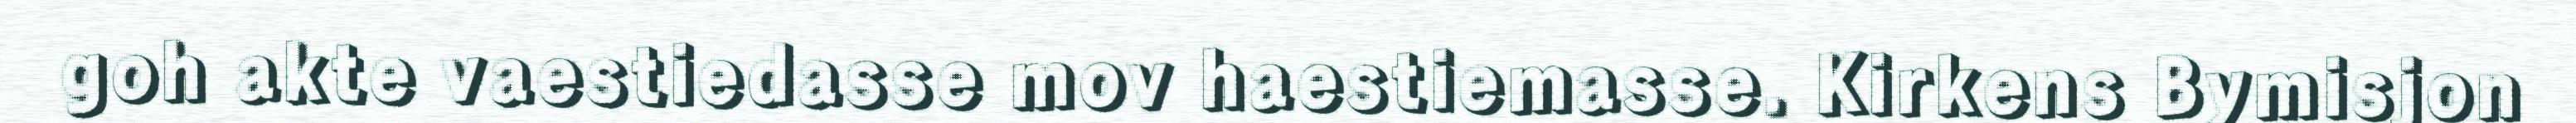
goh akte vaestiedasse mov haestiemasse. Kirkens Bymisjon